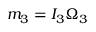
m _ { 3 } = I _ { 3 } \Omega _ { 3 }